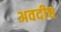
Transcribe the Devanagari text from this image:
अवदीच